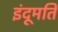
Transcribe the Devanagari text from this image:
इंदूमति